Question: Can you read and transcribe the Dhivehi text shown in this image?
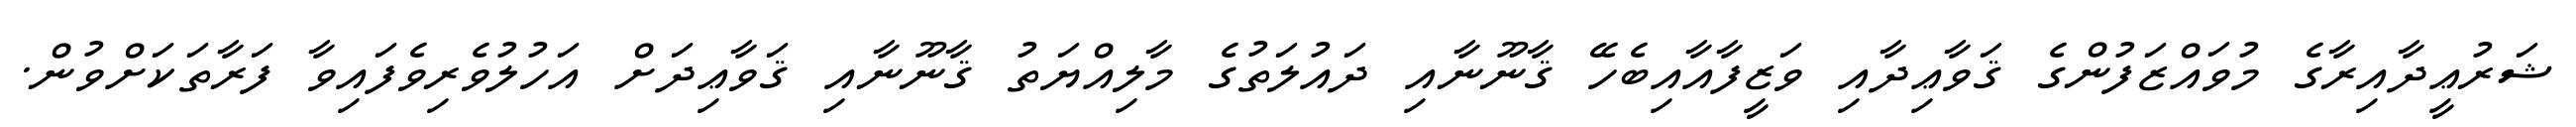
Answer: ޝަރުޢީދާއިރާގެ މުވައްޒަފުންގެ ޤަވާޢިދާއި ވަޒީފާއާއިބެހޭ ޤާނޫނާއި ދައުލަތުގެ މާލިއްޔަތު ޤާނޫނާއި ޤަވާޢިދަށް އަހުލުވެރިވެފައިވާ ފަރާތަކަށްވުން.